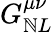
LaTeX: G_{\mathbb{N}L}^{\mu\nu}